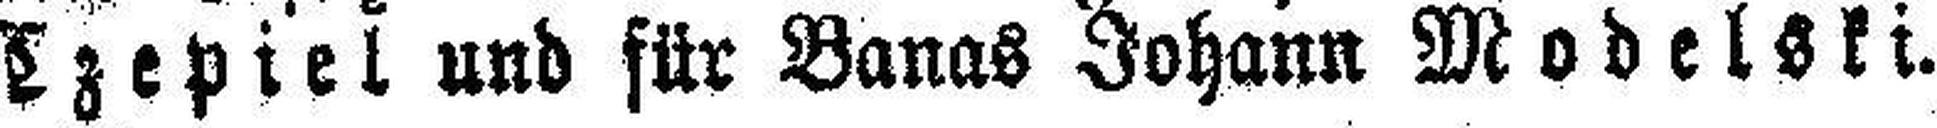
Czepiel und für Banas Johann Modelski.